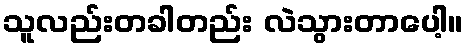
သူလည်းတခါတည်း လဲသွားတာပေါ့။